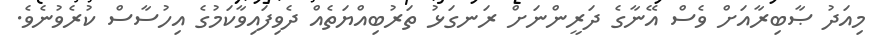
މިއަދު ޞާބިރާއަށް ވެސް އޭނާގެ ދަރީންނަށް ރަނގަޅު ތަރުބިއްޔަތެއް ދެވިފައިވާކަމުގެ އިހުސާސް ކުރެވުނެވެ.